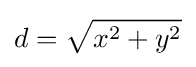
d={\sqrt {x^{2}+y^{2}}}